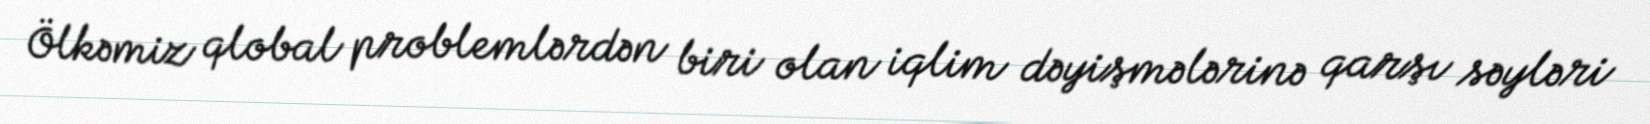
Ölkəmiz qlobal problemlərdən biri olan iqlim dəyişmələrinə qarşı səyləri